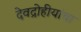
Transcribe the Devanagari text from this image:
देवद्रोहीयांचा